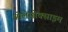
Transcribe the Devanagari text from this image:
ओलेसोक्साइम